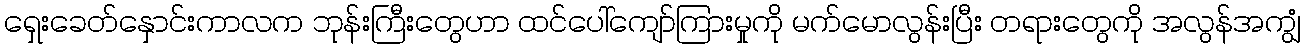
ရှေးခေတ်နှောင်းကာလက ဘုန်းကြီးတွေဟာ ထင်ပေါ်ကျော်ကြားမှုကို မက်မောလွန်းပြီး တရားတွေကို အလွန်အကျွံ